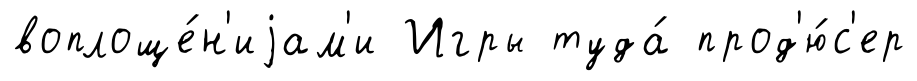
воплоще́н'иjам'и Игры туда́ прод'ю́с'ер